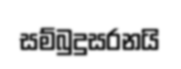
සම්බුදුසරනයි